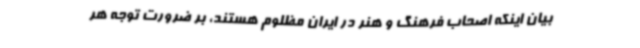
بیان اینکه اصحاب فرهنگ و هنر در ایران مظلوم هستند، بر ضرورت توجه هر